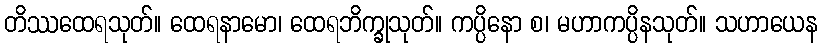
တိဿထေရသုတ်။ ထေရနာမော၊ ထေရဘိက္ခုသုတ်။ ကပ္ပိနော စ၊ မဟာကပ္ပိနသုတ်။ သဟာယေန